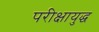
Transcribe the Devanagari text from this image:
परीक्षायुद्ध